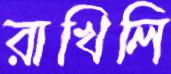
রাখিলি